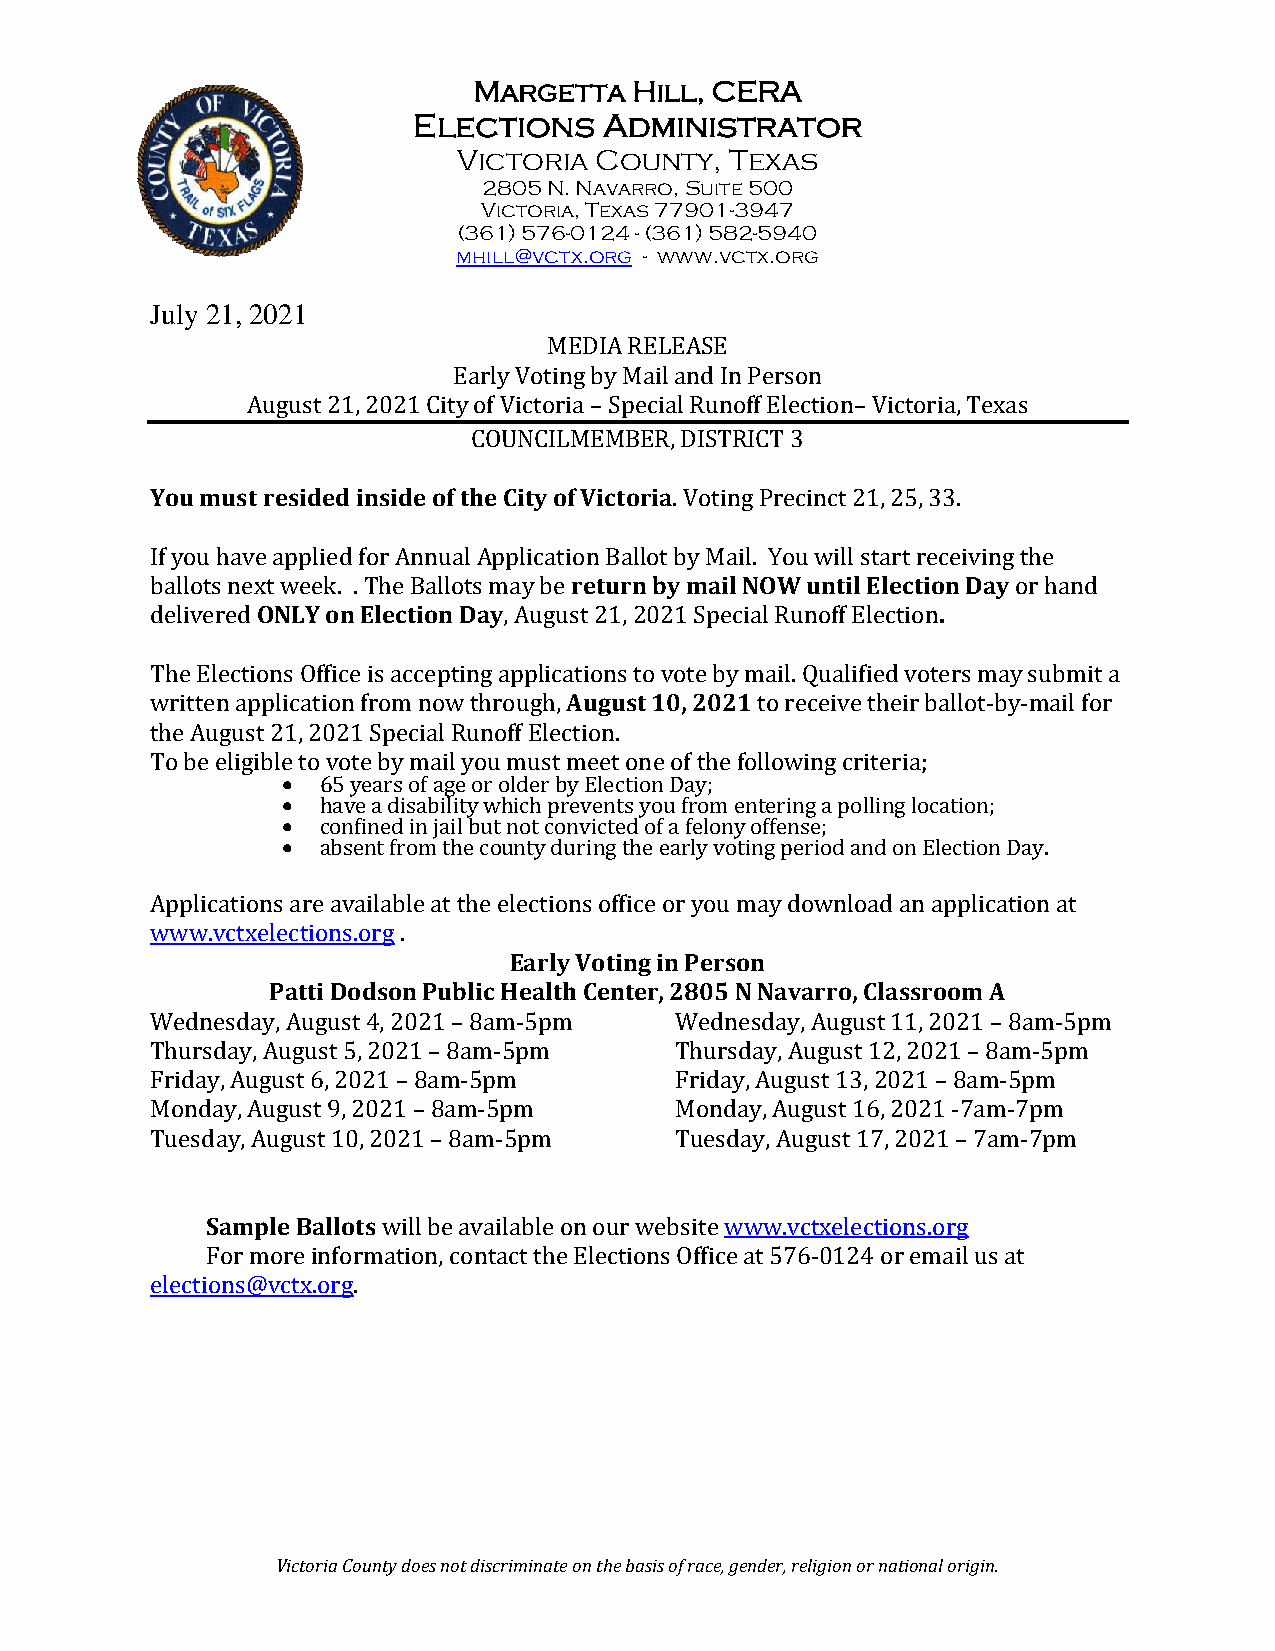
Margetta   Hill, CERA
 Elections    Administrator
 Victoria County,  Texas
 2805 N. Navarro, Suite 500
 Victoria, Texas 77901-3947
 (361) 576-0124 - (361) 582-5940
 mhill@vctx.org - www.vctx.org
 July 21, 2021
 MEDIA RELEASE
 Early Voting by Mail and In Person
 August 21, 2021 City of Victoria – Special Runoff Election– Victoria, Texas
 COUNCILMEMBER, DISTRICT 3
 You must resided inside of the City of Victoria. Voting Precinct 21, 25, 33.
 If you have applied for Annual Application Ballot by Mail. You will start receiving the
 ballots next week. . The Ballots may be return by mail NOW until Election Day or hand
 delivered ONLY on Election Day, August 21, 2021 Special Runoff Election.
 The Elections Office is accepting applications to vote by mail. Qualified voters may submit a
 written application from now through, August 10, 2021 to receive their ballot-by-mail for
 the August 21, 2021 Special Runoff Election.
 To be eligible to vote by mail you must meet one of the following criteria;
 • 65 years of age or older by Election Day;
 • have a disability which prevents you from entering a polling location;
 • confined in jail but not convicted of a felony offense;
 • absent from the county during the early voting period and on Election Day.
 Applications are available at the elections office or you may download an application at
 www.vctxelections.org .
 Early Voting in Person
 Patti Dodson Public Health Center, 2805 N Navarro, Classroom A
 Wednesday, August 4, 2021 – 8am-5pm Wednesday, August 11, 2021 – 8am-5pm
 Thursday, August 5, 2021 – 8am-5pm Thursday, August 12, 2021 – 8am-5pm
 Friday, August 6, 2021 – 8am-5pm   Friday, August 13, 2021 – 8am-5pm
 Monday, August 9, 2021 – 8am-5pm   Monday, August 16, 2021 -7am-7pm
 Tuesday, August 10, 2021 – 8am-5pm Tuesday, August 17, 2021 – 7am-7pm
 Sample Ballots will be available on our website www.vctxelections.org
 For more information, contact the Elections Office at 576-0124 or email us at
 elections@vctx.org.
 Victoria County does not discriminate on the basis of race, gender, religion or national origin.